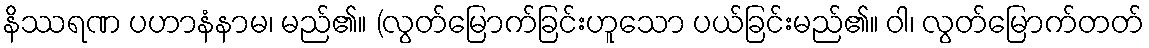
နိဿရဏ ပဟာနံနာမ၊ မည်၏။ (လွတ်မြောက်ခြင်းဟူသော ပယ်ခြင်းမည်၏။ ဝါ၊ လွတ်မြောက်တတ်